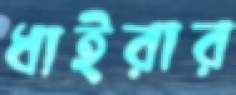
ধাইরার